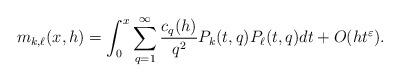
LaTeX: \begin{align*} m_{k,\ell}(x,h)= \int_{0}^{x} \sum_{q=1}^{\infty} \frac{c_q(h)}{q^2} P_k(t,q)P_{\ell}(t,q) dt +O(ht^{\varepsilon}).\end{align*}